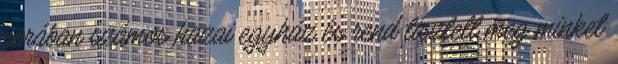
sorában számos hazai egyház és rend tisztelt meg minket